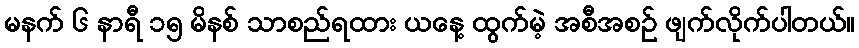
မနက် ၆ နာရီ ၁၅ မိနစ် သာစည်ရထား ယနေ့ ထွက်မဲ့ အစီအစဉ် ဖျက်လိုက်ပါတယ်။